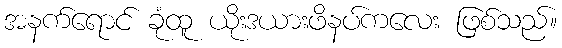
အနက်ရောင် ခုံထူ ယိုးဒယားဖိနပ်ကလေး ဖြစ်သည်။